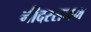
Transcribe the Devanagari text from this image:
नीदरसनम